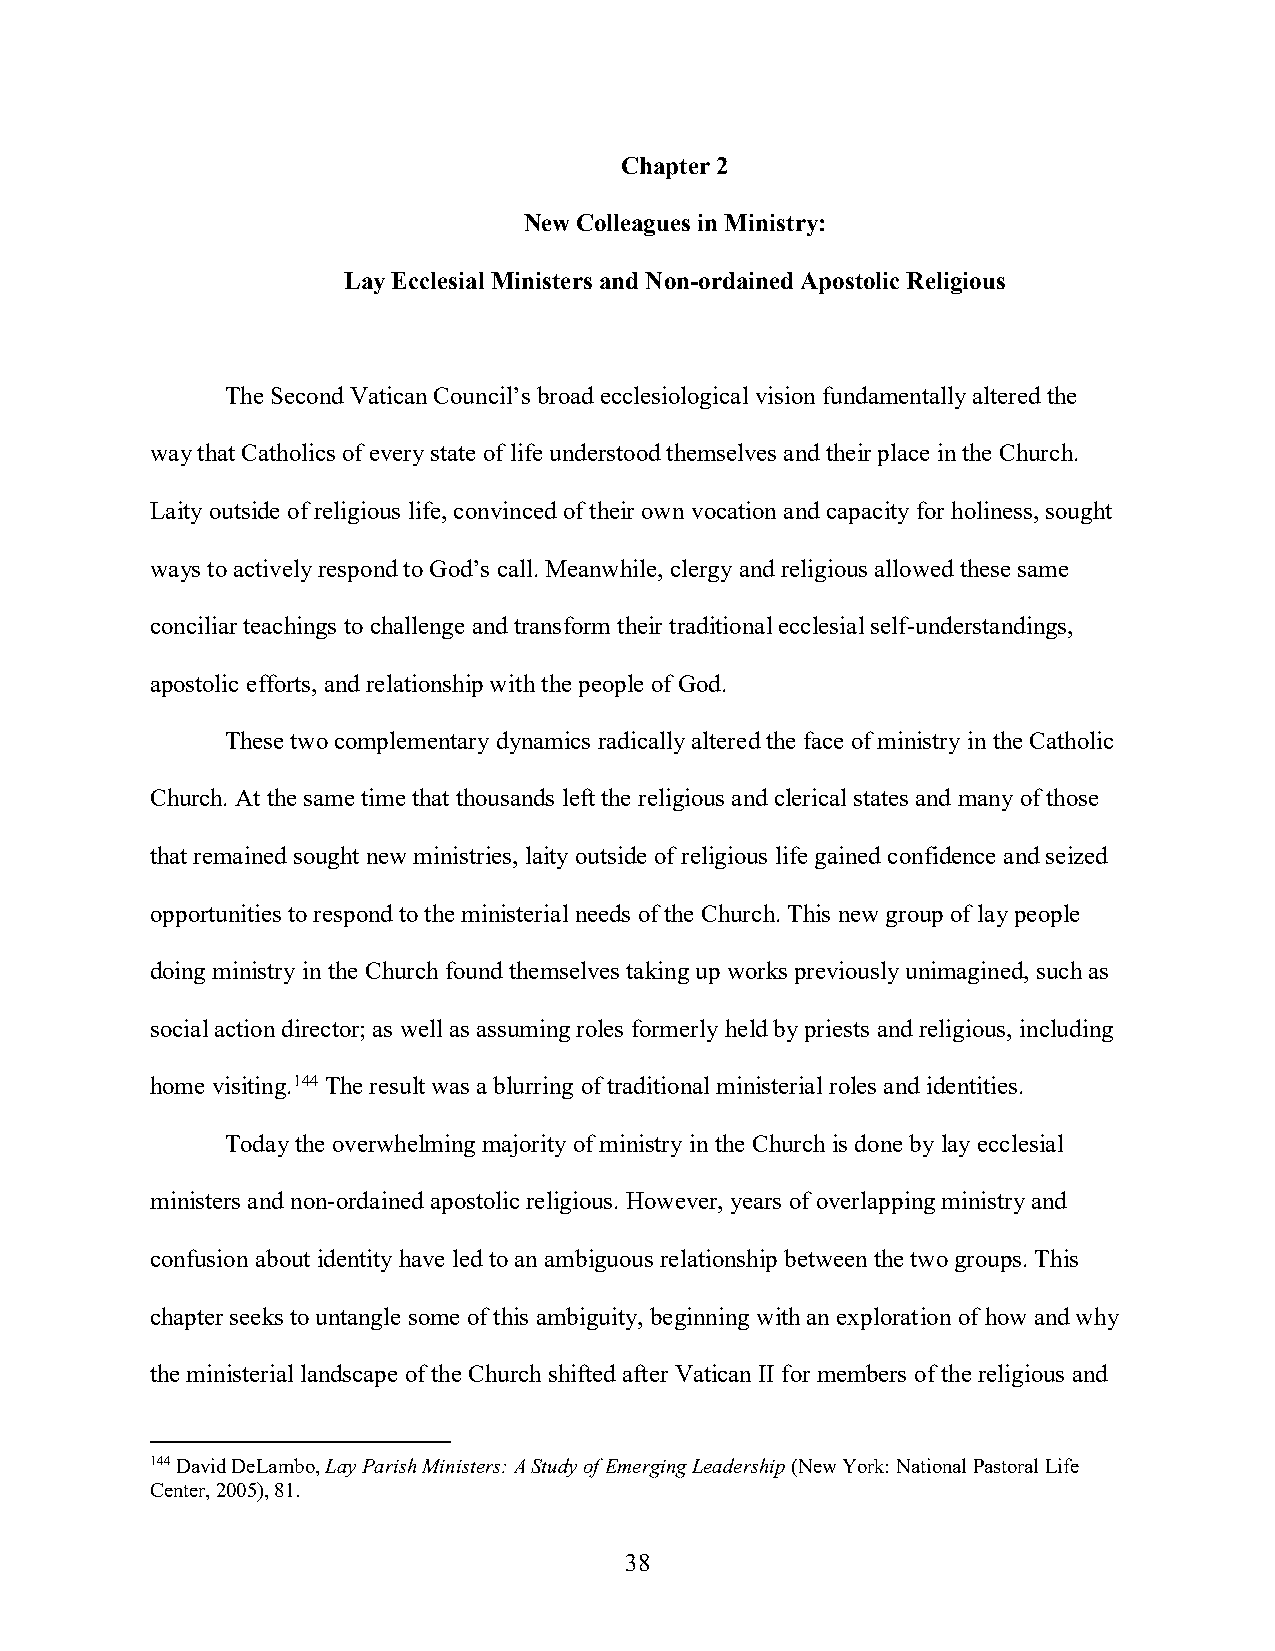
Chapter 2
 New Colleagues in Ministry:
 Lay Ecclesial Ministers and Non-ordained Apostolic Religious
 The Second Vatican Council’s broad ecclesiological vision fundamentally altered the
 way that Catholics of every state of life understood themselves and their place in the Church.
 Laity outside of religious life, convinced of their own vocation and capacity for holiness, sought
 ways to actively respond to God’s call. Meanwhile, clergy and religious allowed these same
 conciliar teachings to challenge and transform their traditional ecclesial self-understandings,
 apostolic efforts, and relationship with the people of God.
 These two complementary dynamics radically altered the face of ministry in the Catholic
 Church. At the same time that thousands left the religious and clerical states and many of those
 that remained sought new ministries, laity outside of religious life gained confidence and seized
 opportunities to respond to the ministerial needs of the Church. This new group of lay people
 doing ministry in the Church found themselves taking up works previously unimagined, such as
 social action director; as well as assuming roles formerly held by priests and religious, including
 home visiting.144 The result was a blurring of traditional ministerial roles and identities.
 Today the overwhelming majority of ministry in the Church is done by lay ecclesial
 ministers and non-ordained apostolic religious. However, years of overlapping ministry and
 confusion about identity have led to an ambiguous relationship between the two groups. This
 chapter seeks to untangle some of this ambiguity, beginning with an exploration of how and why
 the ministerial landscape of the Church shifted after Vatican II for members of the religious and
 144 David DeLambo, Lay Parish Ministers: A Study of Emerging Leadership (New York: National Pastoral Life
 Center, 2005), 81.
 38